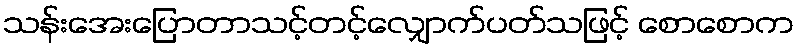
သန်းအေးပြောတာသင့်တင့်လျှောက်ပတ်သဖြင့် စောစောက